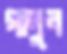
গালুন